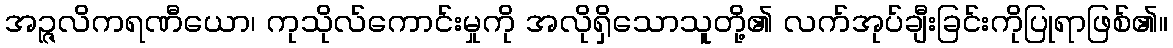
အဉ္ဇလိကရဏီယော၊ ကုသိုလ်ကောင်းမှုကို အလိုရှိသောသူတို့၏ လက်အုပ်ချီးခြင်းကိုပြုရာဖြစ်၏။